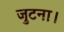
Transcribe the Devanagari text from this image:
जुटना।